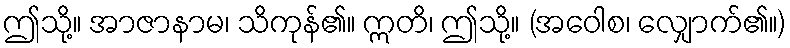
ဤသို့။ အာဇာနာမ၊ သိကုန်၏။ ဣတိ၊ ဤသို့။ (အဝေါစ၊ လျှောက်၏။)